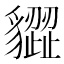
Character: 𧴙